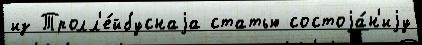
из Тролл'е́йбуснаjа статью состоjа́н'иjу